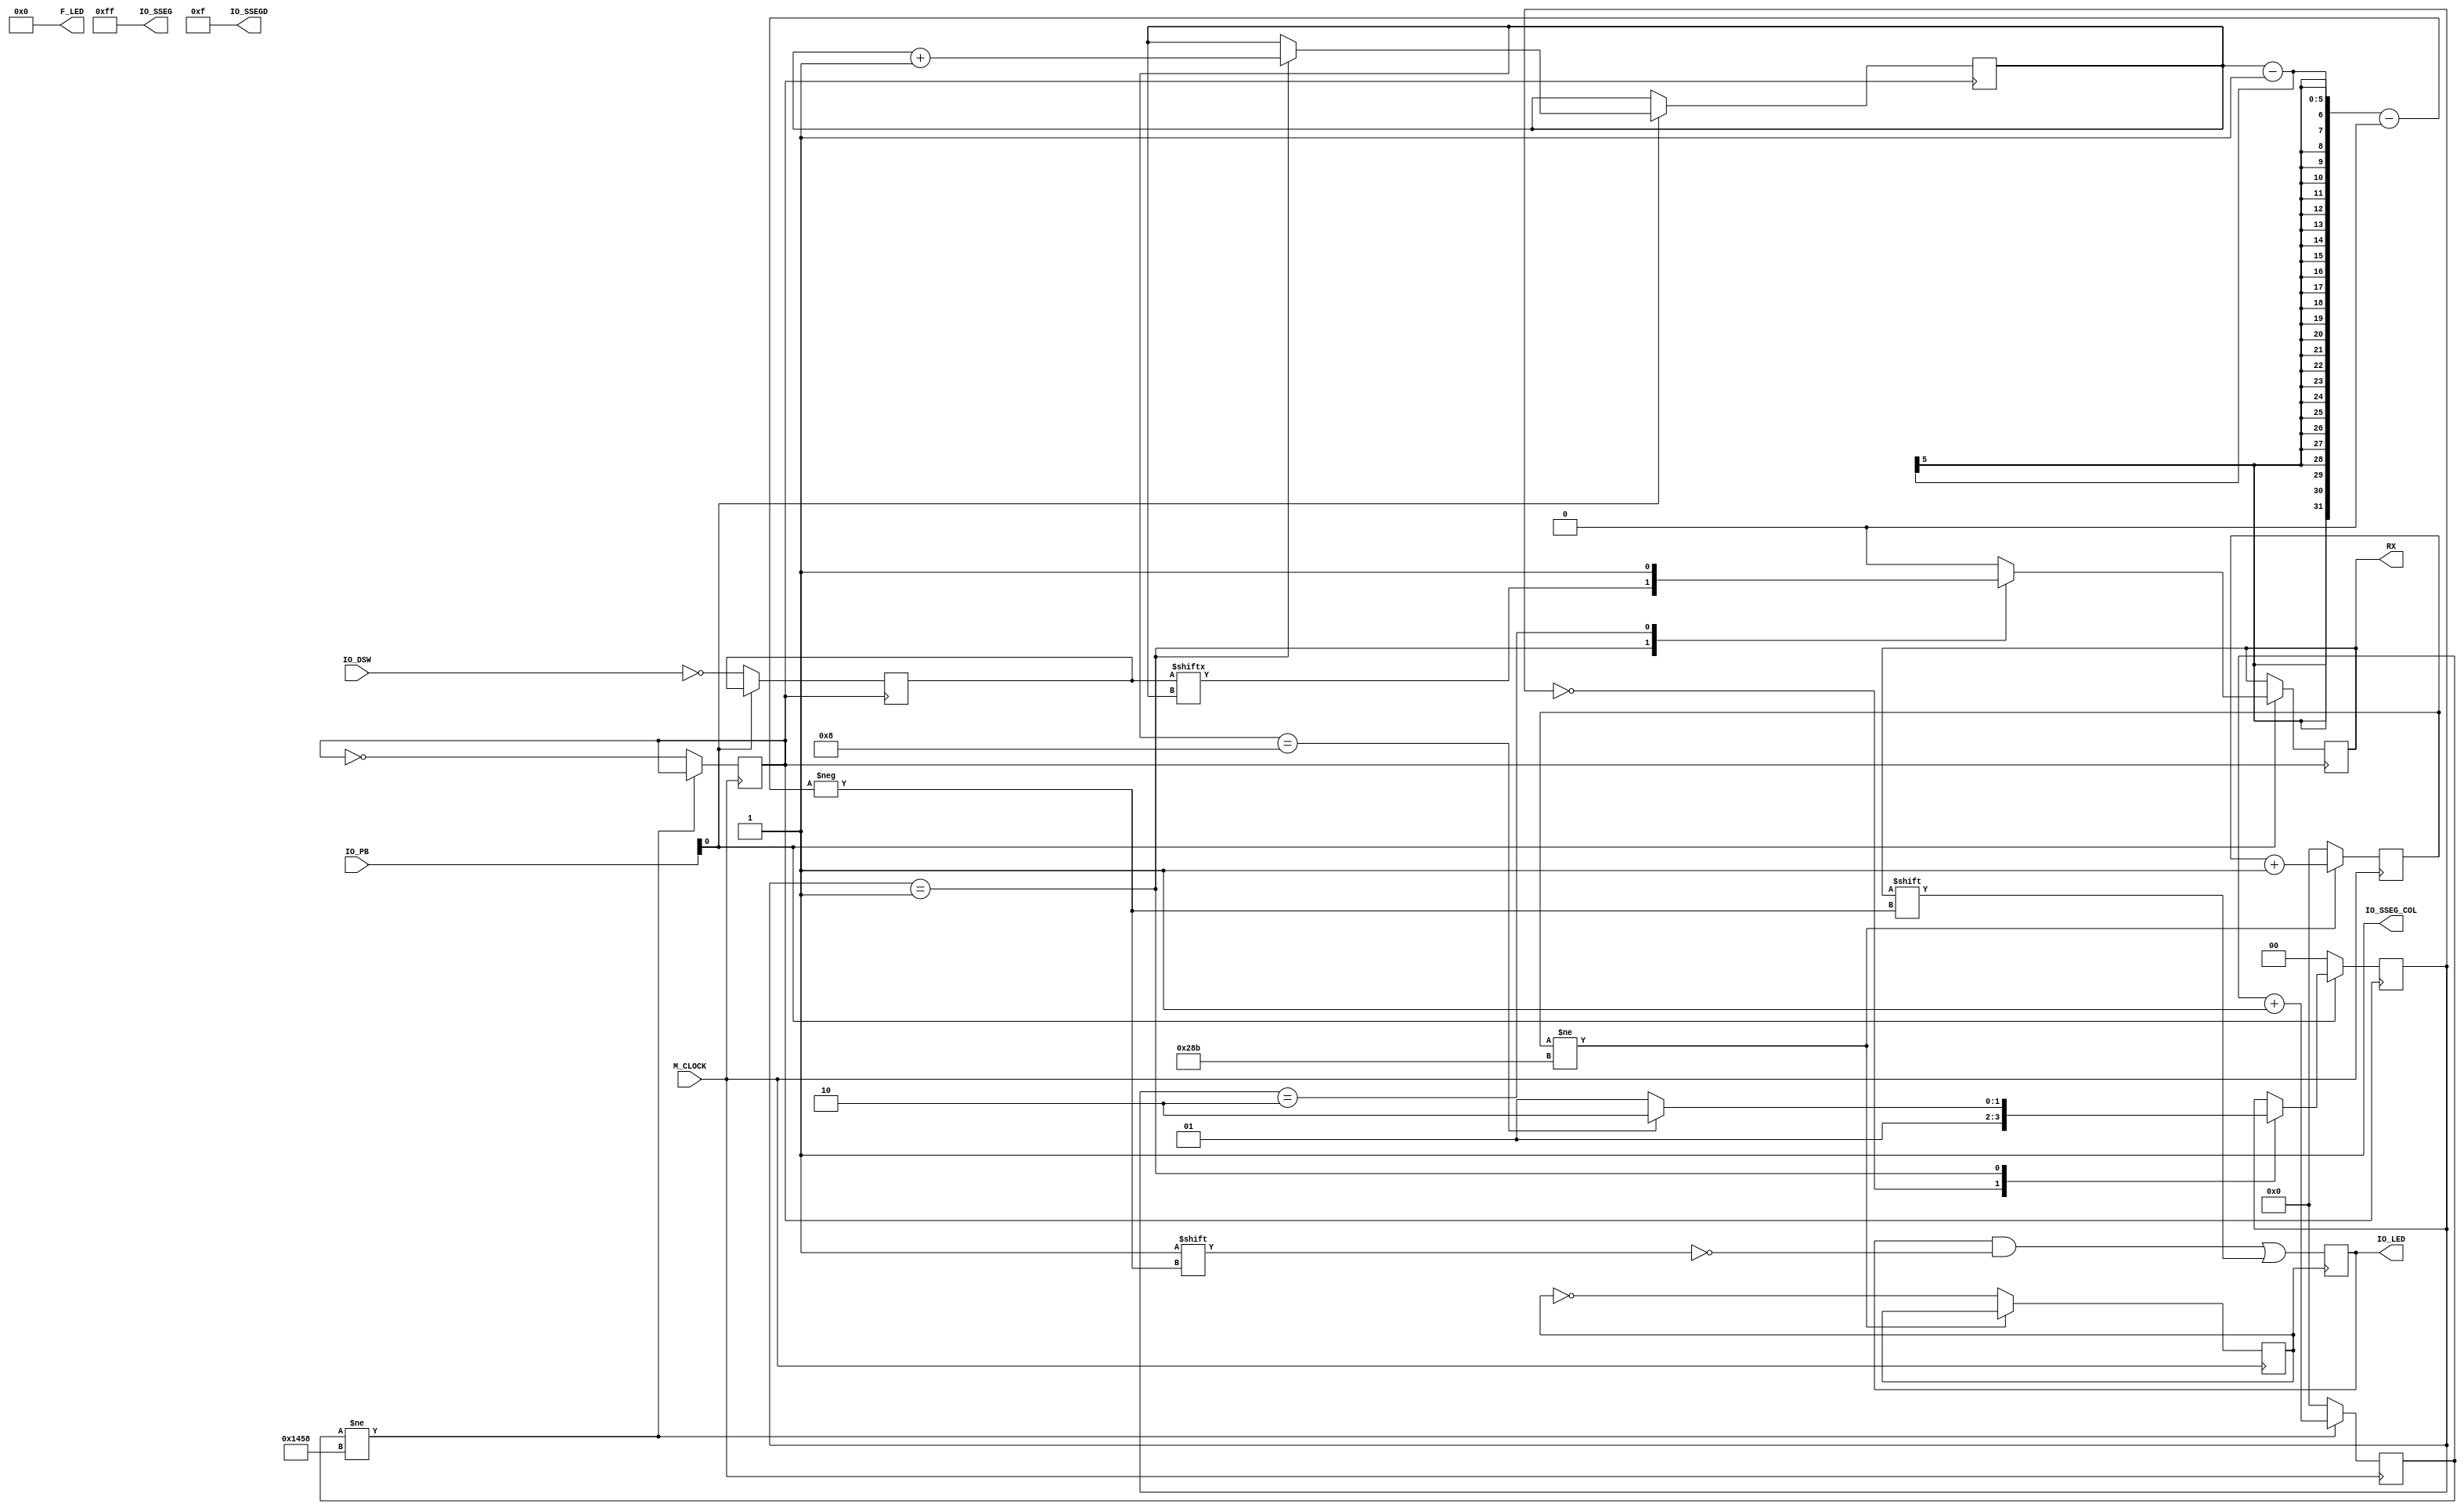
`timescale 1ns / 1ps
module Tx(input  M_CLOCK,	      // FPGA clock
		    input  [3:0] IO_PB,	         // IO Board Pushbutton Switch 
		    input  [7:0] IO_DSW,	// IO Board Dip Switchs
	    	 output [3:0] F_LED,	   // FPGA LEDs
	   	 output reg [7:0] IO_LED,	// IO Board LEDs
		    output [3:0] IO_SSEGD, // IO Board Seven Segment Digits			
		    output [7:0] IO_SSEG, // 7=dp, 6=g, 5=f,4=e, 3=d,2=c,1=b, 0=a
			 output reg RX,  //Recieve buffer pin
		    output IO_SSEG_COL);		// Seven segment column);
	
	reg [31:0] counter = 0;		// count the clock cycles
	reg [31:0] rxcounter = 0;
	reg [1:0] state;
	reg [7:0] DSWdata = 0;	//Hold DIP SWITCH values
	reg [4:0] shift = 0;		//Shifting the bit to correct LED
	reg overflow = 0;				//Timer overflow
	reg rxoverflow = 0;
	reg rxflag = 0;
	//====================================
	assign IO_SSEG_COL = 1;		   // deactivate colon displays
	assign IO_SSEGD = 4'b1111;	   // deactivate seven segment display
	assign IO_SSEG = 8'b11111111;	// deactivate seven segment display
	assign F_LED = 4'b0000;        // deactivate 4 LEDs

	//TX overflow
	always @(posedge M_CLOCK) begin
		if(counter != 5208) begin 
			counter <= counter + 1;
		end
		else begin
			overflow = ~overflow;
			counter <= 0;
			end
		end

	
	always @(posedge M_CLOCK) begin
		if(rxcounter != 651) begin 
			rxcounter <= rxcounter + 1;
		end
		else begin
			rxoverflow = ~rxoverflow;
			rxcounter <= 0;
			end
		end
	
	
	always @(posedge overflow) begin
		if(IO_PB[0] == 0) begin
			DSWdata <= ~IO_DSW;
			state <= 0;
		end
		else begin
			case(state)
				0: begin
					rxflag <= 1;
					RX <= 0;		// Start bit
					state <= 1;
					end
				1: begin		//Serial input
					if(rxflag == 1) begin
						rxflag <= 0;
						shift <= 0;
						end
						RX <= DSWdata[shift];
						shift <= shift + 1;
						if(shift == 8) begin
							state <= 2;
						end
						else begin
						state <= 1;
						end
					end
				2: begin
					RX <= 1;		// Stop bit	
					
				
				end
				default: begin RX <= 0;
					end
			endcase
		end
	end

	always @(posedge rxoverflow) begin
		IO_LED[shift - 1] <= RX;
		end

endmodule